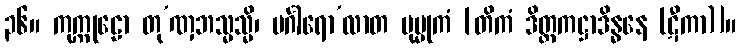
၃၆။ ကုက္ကုဠော တု’ဏှဘသ္မသ္မိ၊ မင်္ဂါရော’လာတ မုမ္မုကံ [တိကံ ဒိတ္တကဋ္ဌာဒိန္ဓနေ (ဋီကာ)]။